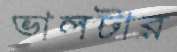
ভালটার